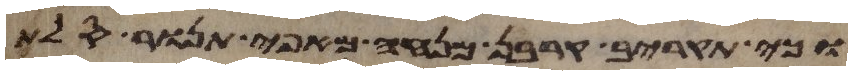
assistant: וכי תקריב קרבן מנחה מאפה תנור סלת